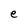
Character: e